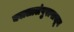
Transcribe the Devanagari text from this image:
क्वालालंपुरापासून